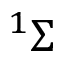
^ 1 \Sigma